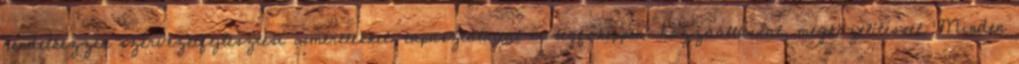
rendelkezzen szervezetfejlesztési ismeretekkel, tapasztalattal és legfőképpen: hozzáállással, megközelítéssel. Minden